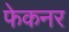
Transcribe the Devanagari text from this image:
फेकनर